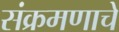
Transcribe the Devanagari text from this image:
संक्रमणाचे